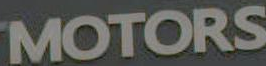
MOTORS